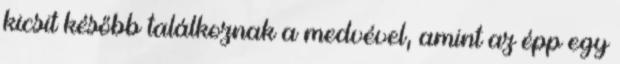
kicsit később találkoznak a medvével, amint az épp egy